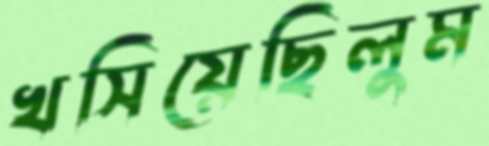
খসিয়েছিলুম